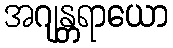
အဂျန္တရာယော